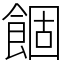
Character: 䭅